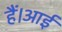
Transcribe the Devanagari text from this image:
हैं।आई